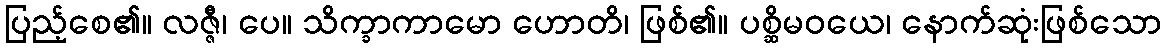
ပြည့်စေ၏။ လဇ္ဇီ၊ ပေ။ သိက္ခာကာမော ဟောတိ၊ ဖြစ်၏။ ပစ္ဆိမဝယေ၊ နောက်ဆုံးဖြစ်သော